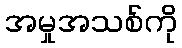
အမှုအသစ်ကို